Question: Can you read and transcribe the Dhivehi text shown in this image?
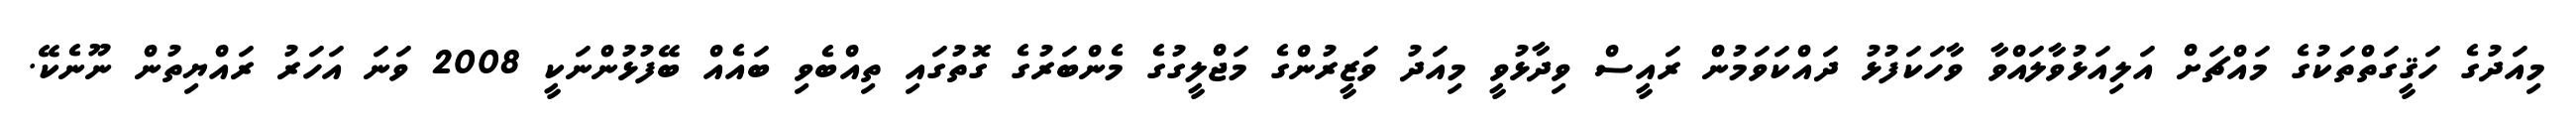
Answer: މިއަދުގެ ހަޤީގަތްތަކުގެ މައްޗަށް އަލިއަޅުވާލައްވާ ވާހަކަފުޅު ދައްކަވަމުން ރައީސް ވިދާޅުވީ މިއަދު ވަޒީރުންގެ މަޖްލީގުގެ މެންބަރުގެ ގޮތުގައި ތިއްބެވި ބައެއް ބޭފުޅުންނަކީ 2008 ވަނަ އަހަރު ރައްޔިތުން ނޫނެކޭ.